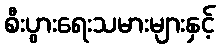
စီးပွားရေးသမားများနှင့်